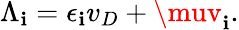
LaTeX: \Lambda_{\mathbf{i}}=\epsilon_{\mathbf{i}}v_{D}+\muv_{\mathbf{i}}.